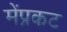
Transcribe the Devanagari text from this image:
मेंप्रकट